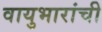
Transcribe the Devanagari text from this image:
वायुभारांची